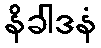
နိခါဒနံ